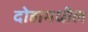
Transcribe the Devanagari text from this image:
दोहामधील